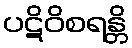
ပဋိဝိစရန္တိ